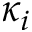
\kappa _ { i }